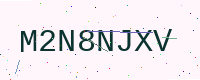
Text: M2N8NJXV